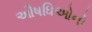
ઔષધિઓનો